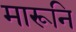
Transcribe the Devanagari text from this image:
मारूनि